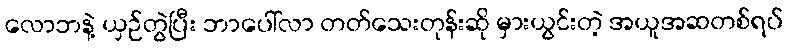
လောဘနဲ့ ယှဉ်တွဲပြီး ဘာပေါ်လာ တတ်သေးတုန်းဆို မှားယွင်းတဲ့ အယူအဆတစ်ရပ်